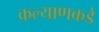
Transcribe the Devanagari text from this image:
कल्याणकडे